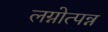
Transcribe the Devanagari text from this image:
लग्नोत्पन्न